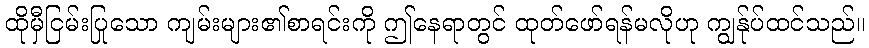
ထိုမှီငြမ်းပြုသော ကျမ်းများ၏စာရင်းကို ဤနေရာတွင် ထုတ်ဖော်ရန်မလိုဟု ကျွန်ုပ်ထင်သည်။